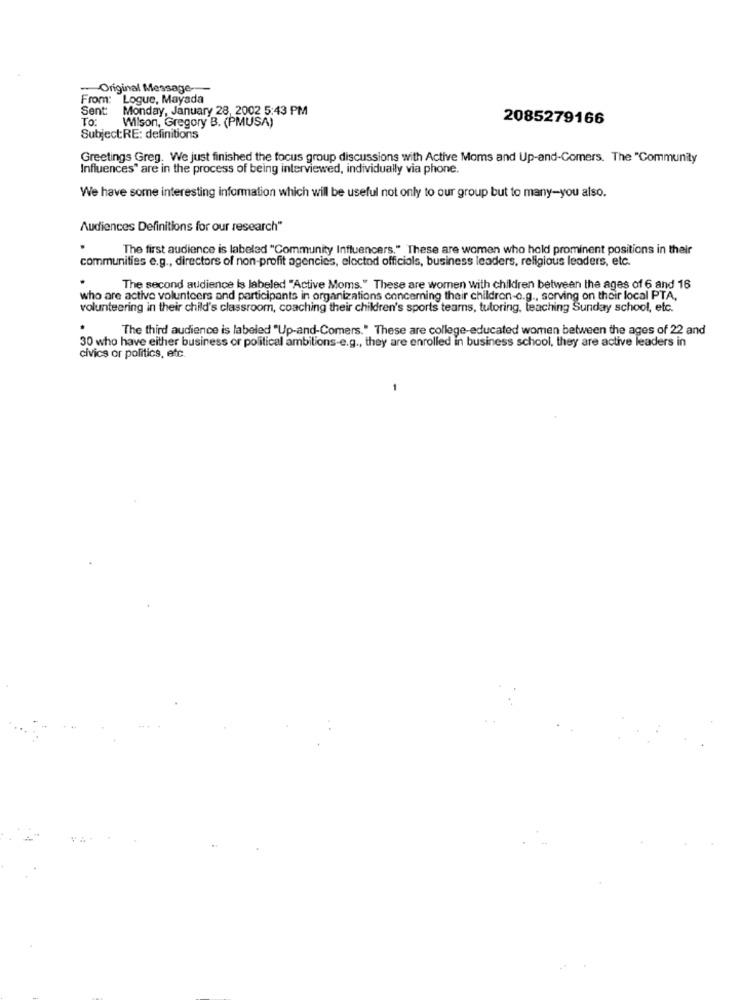
Original Message-
From: Logue, Mayada
Sent:
Monday, January 28, 2002 5:43 PM
To:
Wilson, Gregory B. (PMUSA)
2085279166
Subject:RE: definitions
Greetings Greg. We just finished the focus group discussions with Active Moms and Up-and-Comers. The "Community
Influences" are in the process of being interviewed, individually via phone.
We have some interesting information which will be useful not only to our group but to many-you also.
Audiences Definitions for our research"
The first audience is labeled "Community Influencers." These are women who hold prominent positions in their
communities e.g ., directors of non-profit agencies, eloctod officials, business leaders, religious leaders, etc.
The second audience Is labeled "Active Moms." These are women with children between the ages of 6 and 16
who are active volunteers and participants in organizations concerning their children-c.g ., serving on their local PTA,
volunteering in their child's classroom, coaching their children's sports teamns, tutoring, teaching Sunday school, etc.
The third audience is labeled "Up-and-Comers." These are college-educated women between the ages of 22 and
30 who have either business or political ambitions-e.g ., they are enrolled in business school, they are active leaders in
civics or politics, etc.